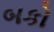
બકો